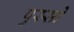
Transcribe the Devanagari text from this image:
पुस्सो